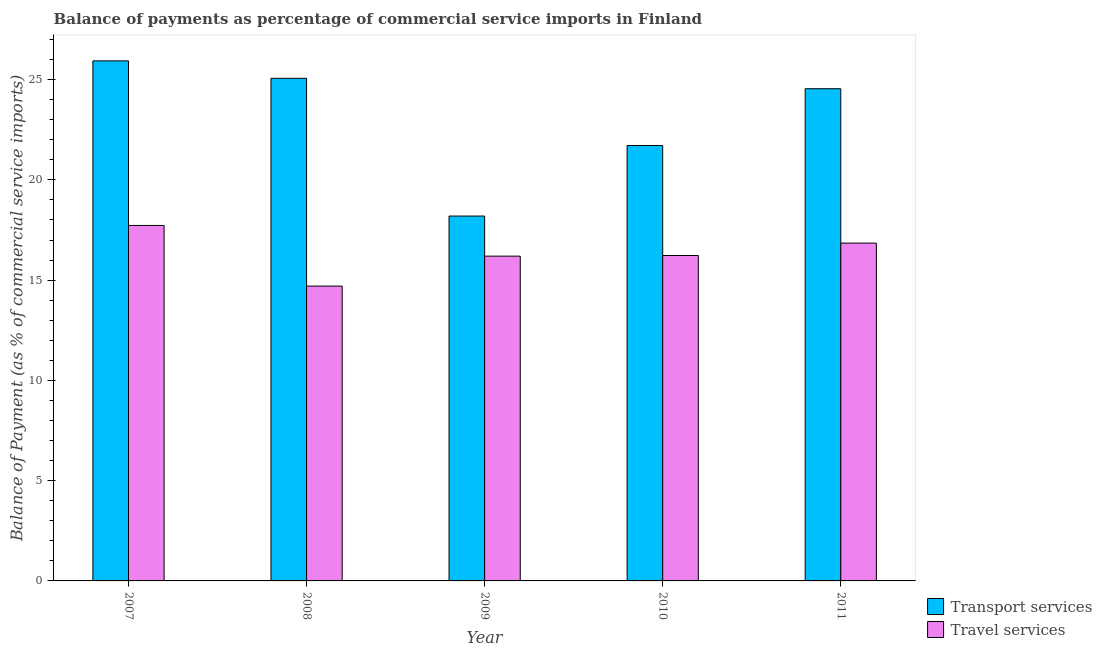
| Year | Transport services | Travel services |
 | --- | --- | --- |
 | 2007 | 25.9 | 17.7 |
 | 2008 | 25.1 | 14.7 |
 | 2009 | 18.2 | 16.2 |
 | 2010 | 21.7 | 16.2 |
 | 2011 | 24.5 | 16.8 |